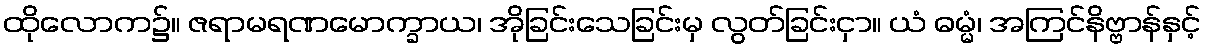
ထိုလောက၌။ ဇရာမရဏမောက္ခာယ၊ အိုခြင်းသေခြင်းမှ လွတ်ခြင်းငှာ။ ယံ ဓမ္မံ၊ အကြင်နိဗ္ဗာန်နှင့်